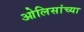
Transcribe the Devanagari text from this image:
ओलिसांच्या